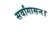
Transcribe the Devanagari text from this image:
सर्वांगासन।